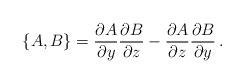
LaTeX: \begin{align*}\{A,B\} = {\partial A\over\partial y} {\partial B\over\partial z} -{\partial A\over\partial z}{\partial B\over\partial y}\,. \end{align*}